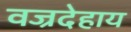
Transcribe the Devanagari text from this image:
वज्रदेहाय